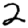
Digit: 2